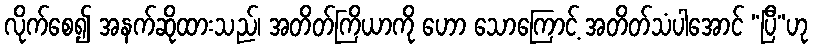
လိုက်စေ၍ အနက်ဆိုထားသည်၊ အတိတ်ကြိယာကို ဟော သောကြောင့် အတိတ်သံပါအောင် “ပြီ”ဟု